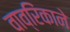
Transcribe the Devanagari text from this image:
वाव्रिंकाने